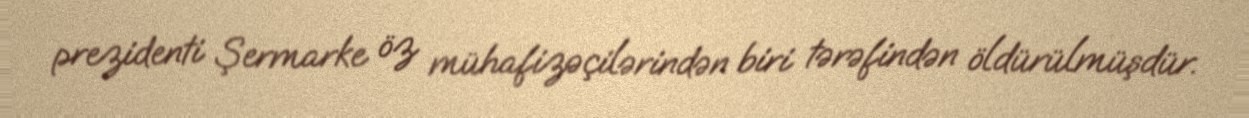
prezidenti Şermarke öz mühafizəçilərindən biri tərəfindən öldürülmüşdür.